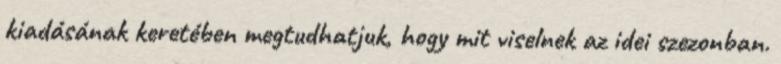
kiadásának keretében megtudhatjuk, hogy mit viselnek az idei szezonban.